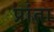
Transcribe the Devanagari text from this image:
प्रांता